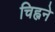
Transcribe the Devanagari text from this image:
चिह्नने